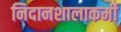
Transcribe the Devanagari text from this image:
निदानशालाकर्मी